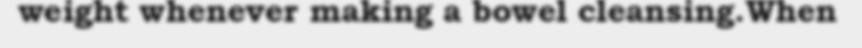
weight whenever making a bowel cleansing.When